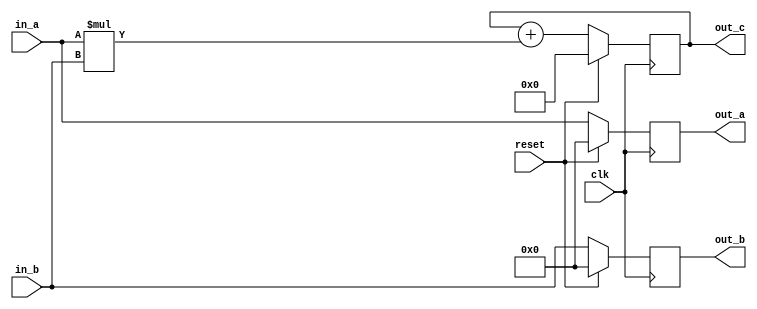
module pe(clk,reset,in_a,in_b,out_a,out_b,out_c);

 parameter data_size=8;
 input wire reset,clk;
 input wire [data_size-1:0] in_a,in_b;
 output reg [2*data_size:0] out_c;
 output reg [data_size-1:0] out_a,out_b;

 always @(posedge clk)begin
    if(reset) begin
      out_a=0;
      out_b=0;
      out_c=0;
    end
    else begin  
      out_c=out_c+in_a*in_b;
      out_a=in_a;
      out_b=in_b;
    end
 end
 
endmodule